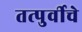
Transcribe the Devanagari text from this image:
तत्पुर्वीचे